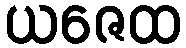
ယဇေထ